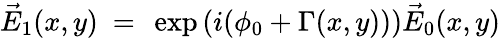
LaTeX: \vec{E}_{1}(x,y)~=~\exp\left(i(\phi_{0}+\Gamma(x,y))\right)\vec{E}_{0}(x,y)